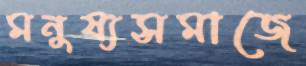
মনুষ্যসমাজে